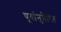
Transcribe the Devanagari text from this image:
पूर्वानुप्रेरित